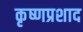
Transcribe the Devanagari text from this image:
कृष्णप्रशाद